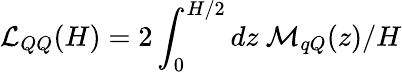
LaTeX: \mathcal{L}_{QQ}({H})=2\int_{0}^{{H}/2}dz\ \mathcal{M}_{qQ}(z)/H